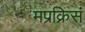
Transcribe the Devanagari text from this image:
मप्रक्रिसं